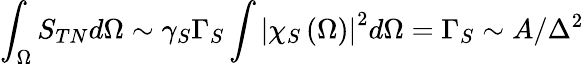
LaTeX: \int_{\Omega}S_{TN}d\Omega\sim\gamma_{S}\Gamma_{S}\int\left|\chi_{S}\left(\Omega\right)\right|^{2}d\Omega=\Gamma_{S}\sim A/\Delta^{2}